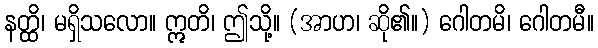
နတ္ထိ၊ မရှိသလော။ ဣတိ၊ ဤသို့။ (အာဟ၊ ဆို၏။) ဂေါတမိ၊ ဂေါတမီ။